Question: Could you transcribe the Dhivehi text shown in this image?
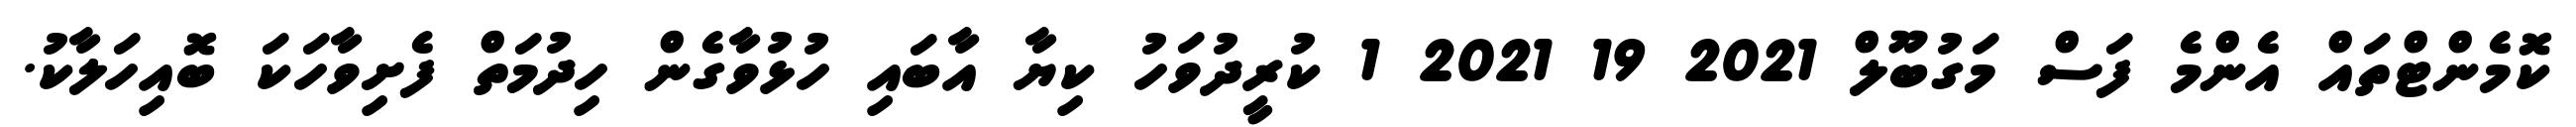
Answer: ކޮމެންޓްތައް އެންމެ ފަސް މަގުބޫލް 2021 19 2021 1 ކުރީދުވަހު ކިޔާ އާބައި ހުޅުވާގެން ހިދުމަތް ފެށިވާހަކަ ބޮއިހަލާކު.